Indian journal of veterinary science and animal husbandry - Volume 8,
Year: 1938
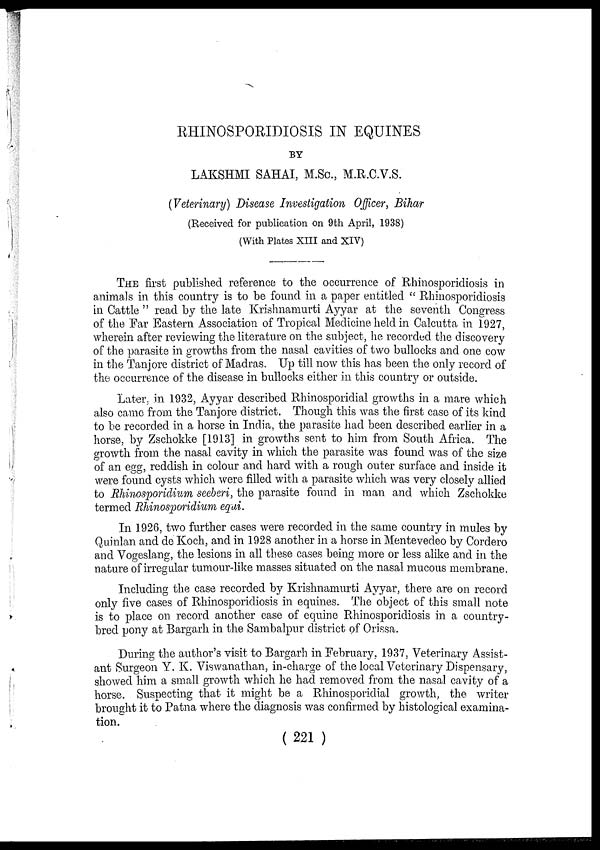
RHINOSPORIDIOSIS IN EQUINES
BY
LAKSHMI SAHAI, M.Sc., M.R.C.V.S.
(Veterinary) Disease Investigation Officer, Bihar
(Received for publication on 9th April, 1938)
(With Plates XIII and XIV)
THE first published reference to the occurrence of Rhinosporidiosis in
animals in this country is to be found in a paper entitled " Rhinosporidiosis
in Cattle " read by the late Krishnamurti Ayyar at the seventh Congress
of the Far Eastern Association of Tropical Medicine held in Calcutta in 1927,
wherein after reviewing the literature on the subject, he recorded the discovery
of the parasite in growths from the nasal cavities of two bullocks and one cow
in the Tanjore district of Madras. Up till now this has been the only record of
the occurrence of the disease in bullocks either in this country or outside.
Later, in 1932, Ayyar described Rhinosporidial growths in a mare which
also came from the Tanjore district. Though this was the first case of its kind
to be recorded in a horse in India, the parasite had been described earlier in a
horse, by Zschokke [1913] in growths sent to him from South Africa. The
growth from the nasal cavity in which the parasite was found was of the size
of an egg, reddish in colour and hard with a rough outer surface and inside it
were found cysts which were filled with a parasite which was very closely allied
to Rhinosporidium seeberi, the parasite found in man and which Zschokke
termed Rhinosporidium equi.
In 1926, two further cases were recorded in the same country in mules by
Quinlan and de Koch, and in 1928 another in a horse in Mentevedeo by Cordero
and Vogeslang, the lesions in all these cases being more or less alike and in the
nature of irregular tumour-like masses situated on the nasal mucous membrane.
Including the case recorded by Krishnamurti Ayyar, there are on record
only five cases of Rhinosporidiosis in equines. The object of this small note
is to place on record another case of equine Rhinosporidiosis in a country-
bred pony at Bargarh in the Sambalpur district of Orissa.
During the author's visit to Bargarh in February, 1937, Veterinary Assist-
ant Surgeon Y. K. Viswanathan, in-charge of the local Veterinary Dispensary,
showed him a small growth which he had removed from the nasal cavity of a
horse. Suspecting that it might be a Rhinosporidial growth, the writer
brought it to Patna where the diagnosis was confirmed by histological examina-
tion.
(221 )